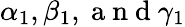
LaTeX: \alpha_{1},\beta_{1},\mathrm{~a~n~d~}\gamma_{1}